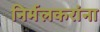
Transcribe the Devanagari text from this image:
निर्मलकरांना